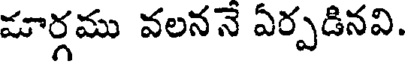
మార్గము వలననే ఏర్పడినవి.